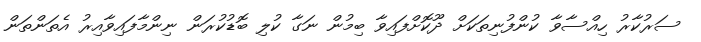
ސަރުކާރު ހިއްސާވާ ކުންފުނިތަކަށް ދޫކޮށްފައިވާ ބިމުން ނަގާ ކުލި ބޮޑުކުރަން ނިންމާފައިވާއިރު އެތަންތަން